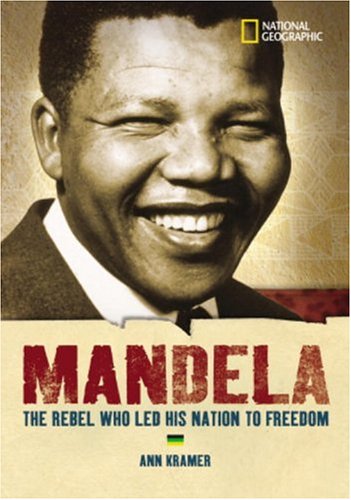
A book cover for World History Biographies: Mandela: The Rebel Who Led His Nation To Freedom (National Geographic World History Biographies); Ann Kramer; Children's Books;